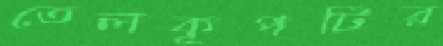
তেলকূপটির